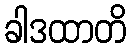
ခါဒထာတိ